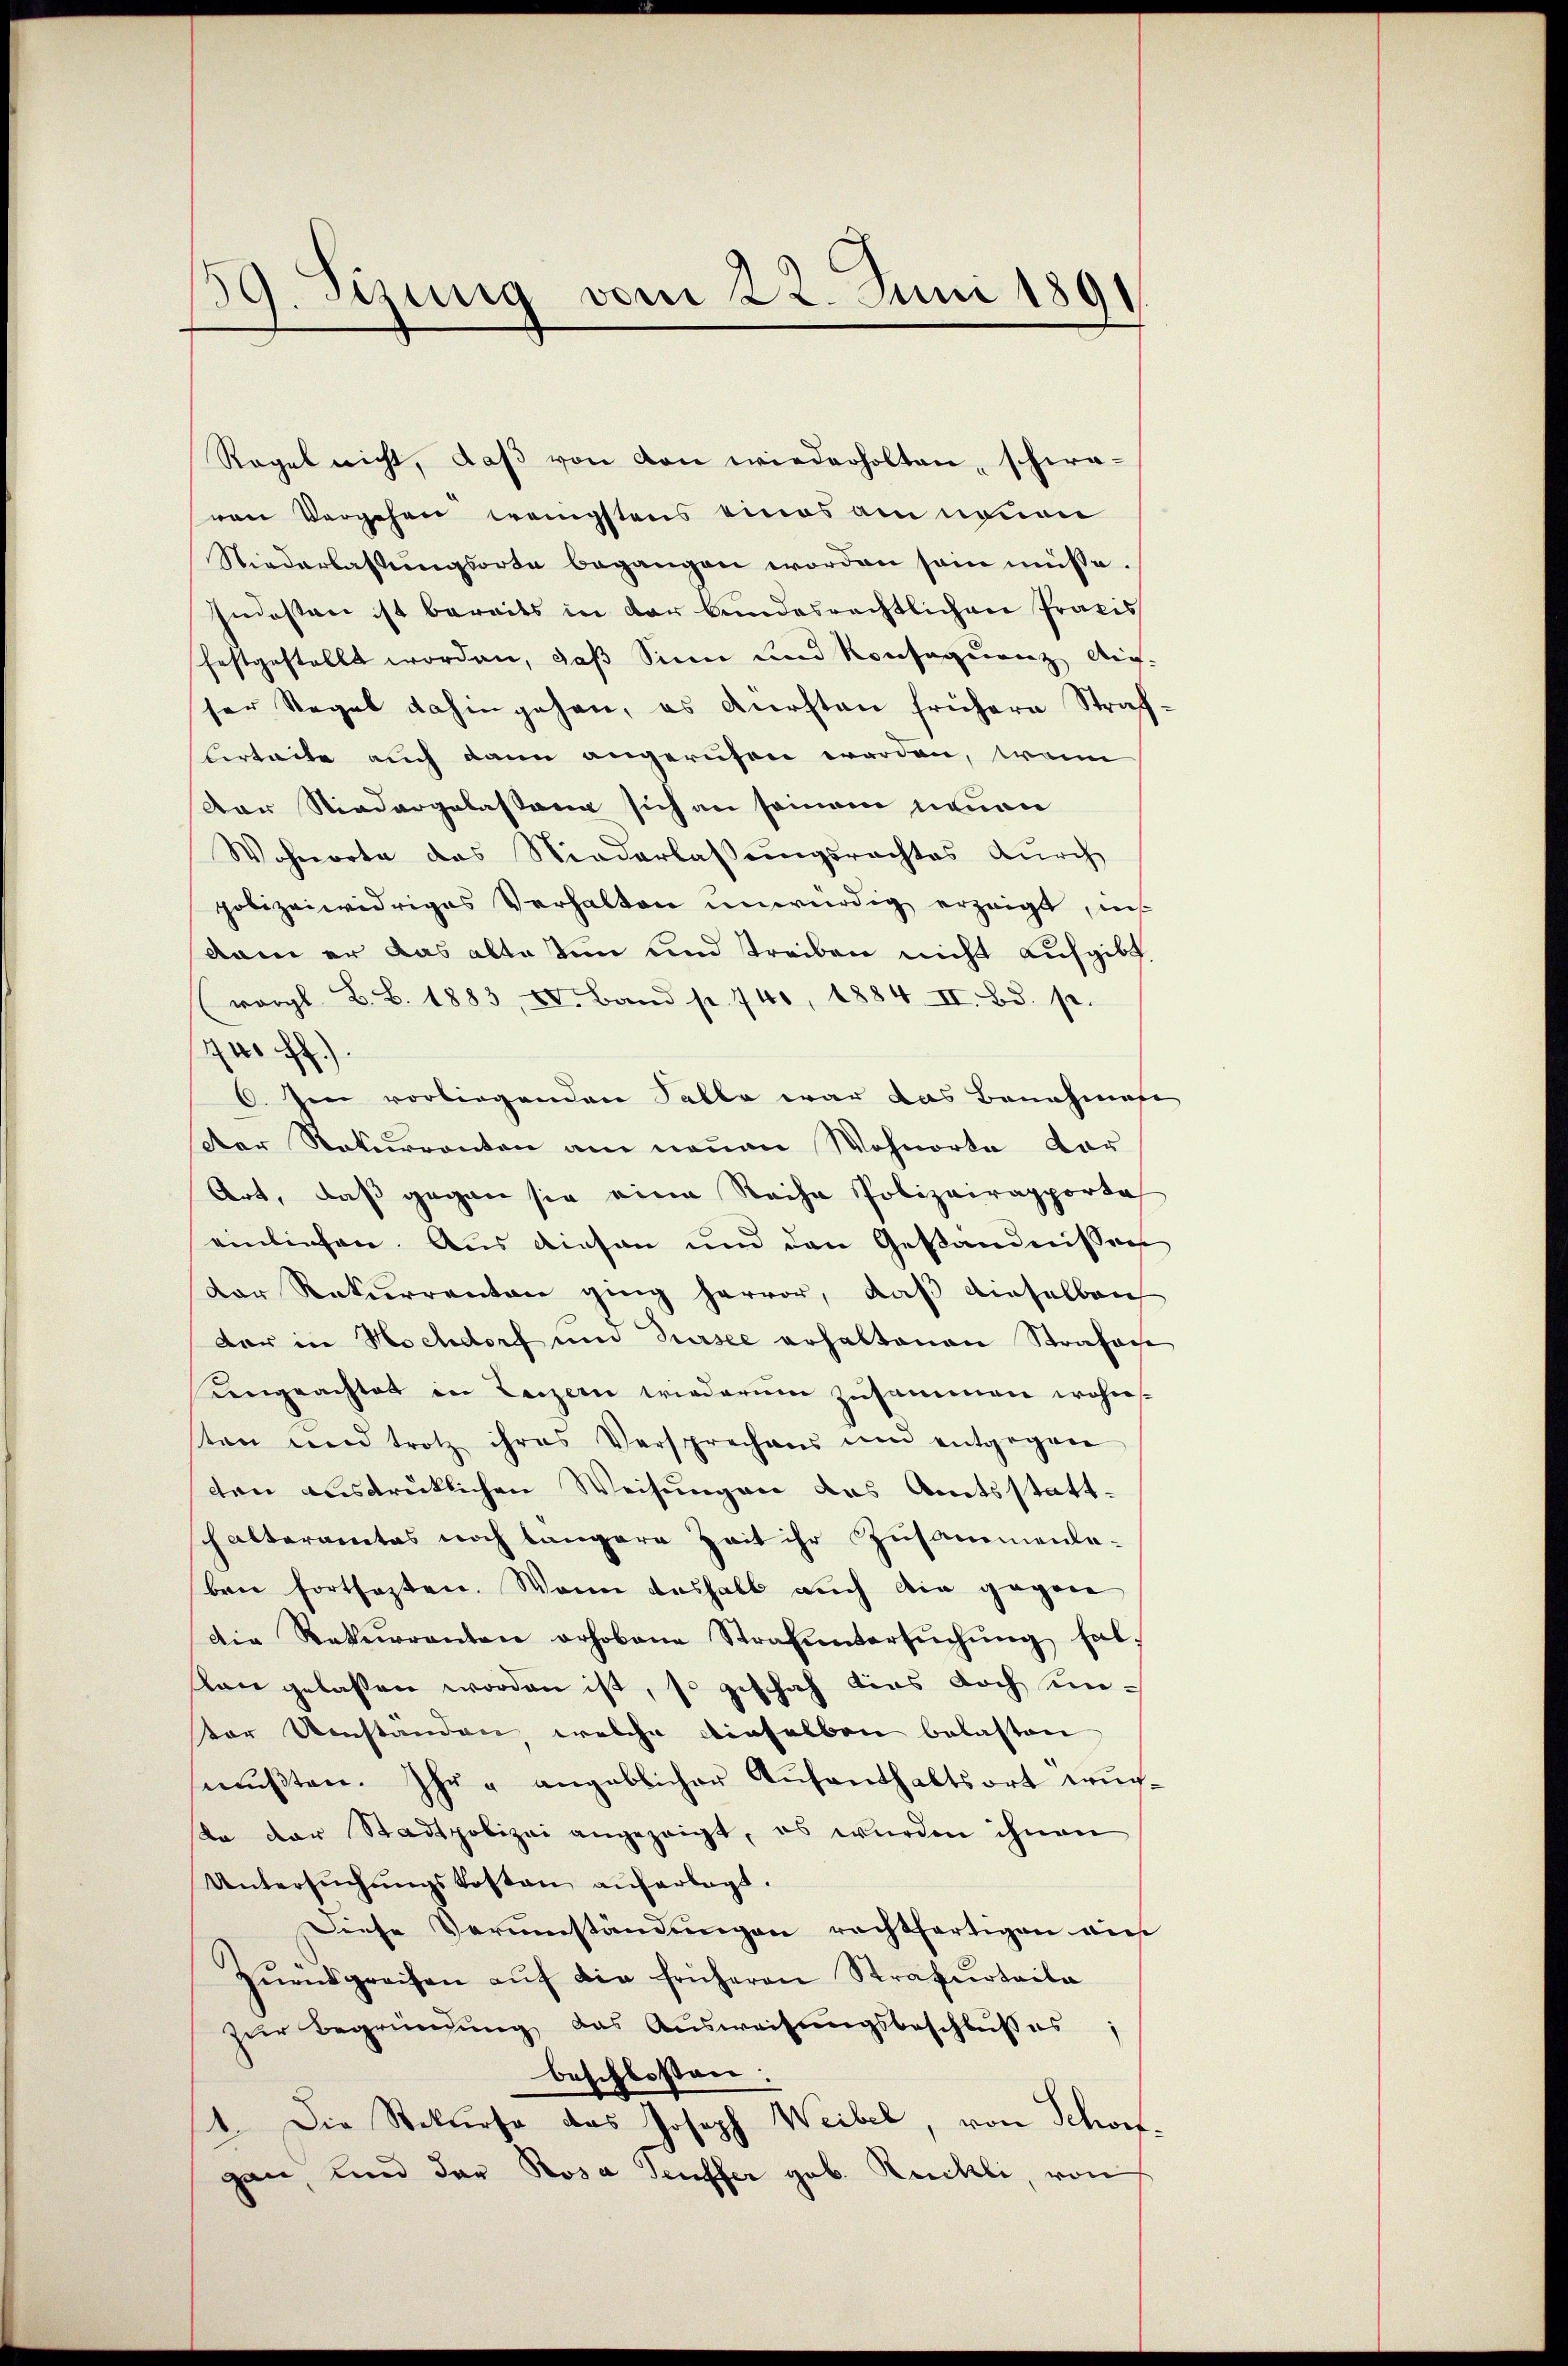
59. Sizung vom 22. Juni 1891
i

Regel nicht, daβ von den wiederholten, schwavon Vergehen wenigstens eines am neuen
Niederlassŭngsorte begangen worden sein müsse.
Indesten ist bereits in der bundesrechtlichen Praxis
festgestellt worden, daß Sinn und Konsequenz Auf-
ser Regel dahingehen, es dürsten frühern Straflerteite auch dann angerufen worden, wenn
Der Niedergelassen sich an seinem neuen
Wohnorte des Niederlassŭngsrechtes dŭrch
polizeiwidriges Verhalten unwürdig erzeigt, in
dam er das alteten und treiben nicht aufgibt.
(vergl. B. B. 1883, II. Band p. 740, 1884 II. Bd. s.
740 ff.)
6. Im vorliegenden Falle war das Benahmese
Der Rekurrenten am neuen Wohnorte vor
Art, daß gegen sie eine Reihe Polizeirapportal
einlichen. Aus diesen und den Geständnissen
dor Rekurrenten ging hervor, daβ anselben
dar in Hochdorf und Sursee erhaltenen Strafan
Ungeachtet in Luzern wiederum zusammen wohnten und trotz ihres Versprechens um entgegen
ten ausdrüklichen Weisungen das Amtsstatthalteramtes noch längere Zeit ihr Zusammenleben fortsezten. Wenn deshalb auch die gegen
die Rekurrenten erhobene Strafŭntersŭchŭng hal
lan gelassen worden ist, so geschah dies doch unter Umstanden, welche dieselben belasten
mŭβten. Ihr - angeblicher Aufenthaltsort wurta der Stadtpolizei angezeigt, es würden ihnen
Untersuchungskosten auferlegt.
Diese Verumständungen rechtfertigen auf
zŭrnsgreifen aŭf die früheren Strafurteita
zur Begründung das Ausweisungsbeschlußes
beschlossen:
4. Die Rekurse das Joseph Weibel, von Schwegan, und der Rosa Teuffer geb. Rückli, von